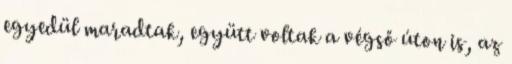
egyedül maradtak, együtt voltak a végső úton is, az